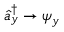
{ \hat { a } _ { y } ^ { \dagger } \rightarrow \psi _ { y } }